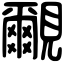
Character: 覼